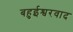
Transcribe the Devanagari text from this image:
बहुईश्वरवाद